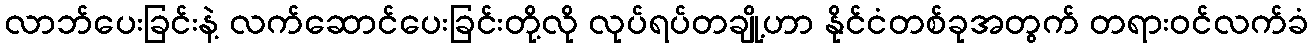
လာဘ်ပေးခြင်းနဲ့ လက်ဆောင်ပေးခြင်းတို့လို လုပ်ရပ်တချို့ဟာ နိုင်ငံတစ်ခုအတွက် တရားဝင်လက်ခံ